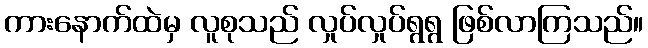
ကားနောက်ထဲမှ လူစုသည် လှုပ်လှုပ်ရွရွ ဖြစ်လာကြသည်။